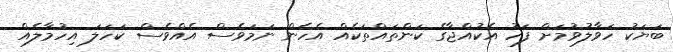
ބަޔަކު ހަވާލުވުމަށް ފަހު އެކުއްޖާގެ ކަންތައްތަކެއް އެހެން ނަމަވެސް އެއްވެސް ކަަހަލަ އިހުމާލެއް